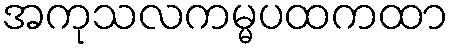
အကုသလကမ္မပထကထာ